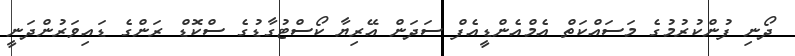
ދޯނި ފުންކުރުމުގެ މަސައްކަތް އެމްއެންޑީއެފް ސަދަން އޭރިޔާ ކޯސްޓުގާޑުގެ ސްކޮޑް ރަންގެ ޑައިވަރުންދަނީ